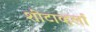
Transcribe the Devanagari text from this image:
शीटाव्हर्ला